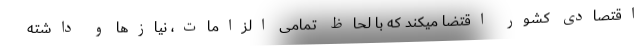
اقتصادی کشور اقتضا میکند که با لحاظ تمامی الزامات، نیازها و داشته